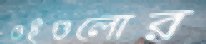
ওইগুলোর